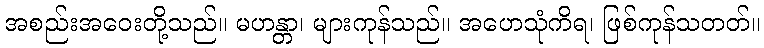
အစည်းအဝေးတို့သည်။ မဟန္တာ၊ များကုန်သည်။ အဟေသုံကိရ၊ ဖြစ်ကုန်သတတ်။